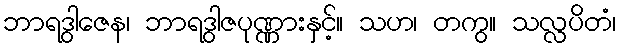
ဘာရဒွါဇေန၊ ဘာရဒွါဇပုဏ္ဏားနှင့်။ သဟ၊ တကွ။ သလ္လပိတံ၊